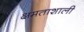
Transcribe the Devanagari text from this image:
क्षमताशाली